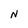
Character: N